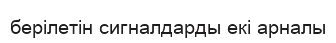
берілетін сигналдарды екі арналы